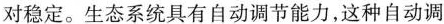
对稳定。生态系统具有自动调节能力，这种自动调